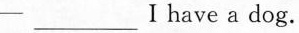
— ___ I have a dog.